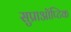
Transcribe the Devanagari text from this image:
सुप्राऑप्टिक